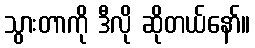
သွားတာကို ဒီလို ဆိုတယ်နော်။